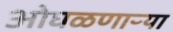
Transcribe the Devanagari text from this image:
ओघळणाऱ्या